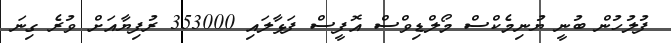
ފުލުހުން ބުނީ ޔުނިމެކްސް މޯލްޑިވްސް އޮފީސް ފަޅާލައި 353000 ރުފިޔާއަށް ވުރެ ގިނަ